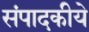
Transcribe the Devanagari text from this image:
संपादकीये